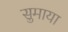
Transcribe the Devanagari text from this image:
सुमाया